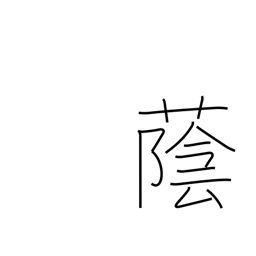
Meaning: shade